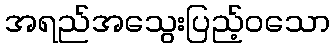
အရည်အသွေးပြည့်ဝသော